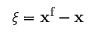
\boldsymbol \xi = { \bf x } ^ { \mathrm { f } } - { \bf x }